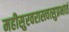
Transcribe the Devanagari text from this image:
महीसुरवरास्त्वत्सुप्रभातं